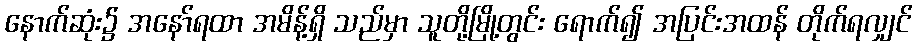
နောက်ဆုံး၌ အနော်ရထာ အမိန့်ရှိ သည်မှာ သူတို့မြို့တွင်း ရောက်၍ အပြင်းအထန် တိုက်ရလျှင်